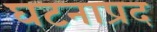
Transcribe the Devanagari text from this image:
घटनाप्रद